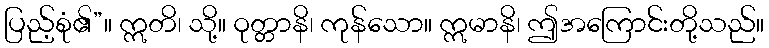
ပြည့်စုံ၏”။ ဣတိ၊ သို့။ ဝုတ္တာနိ၊ ကုန်သော။ ဣမာနိ၊ ဤအကြောင်းတို့သည်။